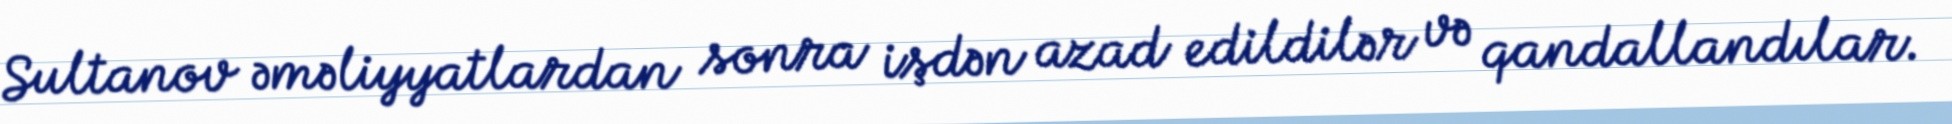
Sultanov əməliyyatlardan sonra işdən azad edildilər və qandallandılar.